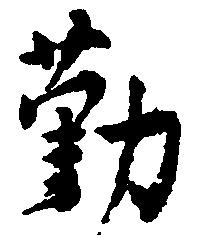
勤